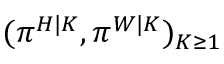
( \pi ^ { H | K } , \pi ^ { W | K } ) _ { K \geq 1 }